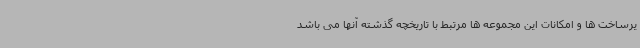
یرساخت ها و امکانات این مجموعه ها مرتبط با تاریخچه گذشته آنها می باشد